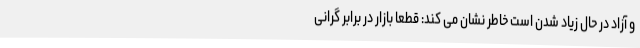
و آزاد در حال زیاد شدن است خاطر نشان می کند: قطعا بازار در برابر گرانی